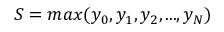
S = m a x ( y _ { 0 } , y _ { 1 } , y _ { 2 } , . . . , y _ { N } )